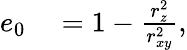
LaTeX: \begin{array}{rl}{e_{0}}&{{}=1-\frac{r_{z}^{2}}{r_{xy}^{2}},}\end{array}